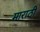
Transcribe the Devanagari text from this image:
माराठी